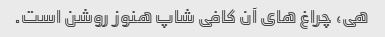
هی، چراغ های آن کافی شاپ هنوز روشن است.